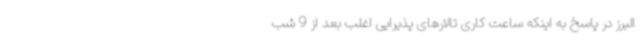
البرز در پاسخ به اینکه ساعت کاری تالارهای پذیرایی اغلب بعد از 9 شب